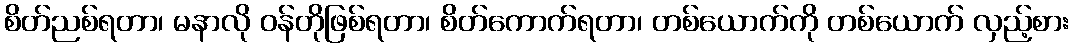
စိတ်ညစ်ရတာ၊ မနာလို ဝန်တိုဖြစ်ရတာ၊ စိတ်ကောက်ရတာ၊ တစ်ယောက်ကို တစ်ယောက် လှည့်စား